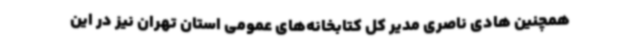
همچنین هادی ناصری مدیر کل کتابخانه‌های عمومی استان تهران نیز در این